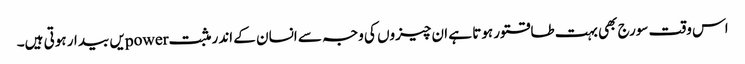
اس وقت سورج بھی بہت طاقتور ہوتا ہے ان چیزوں کی وجہ سے انسان کے اندر مثبت powerیں بیدار ہوتی ہیں۔